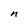
Character: n